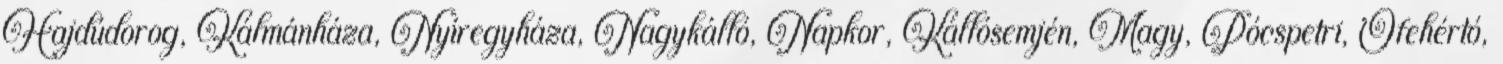
Hajdúdorog, Kálmánháza, Nyíregyháza, Nagykálló, Napkor, Kállósemjén, Magy, Pócspetri, Ófehértó,